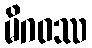
မိဂဝဿ